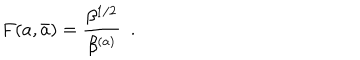
F ( a , \bar { a } ) = { \frac { \beta ^ { 1 / 2 } } { \beta ^ { ( a ) } } } \ \ .